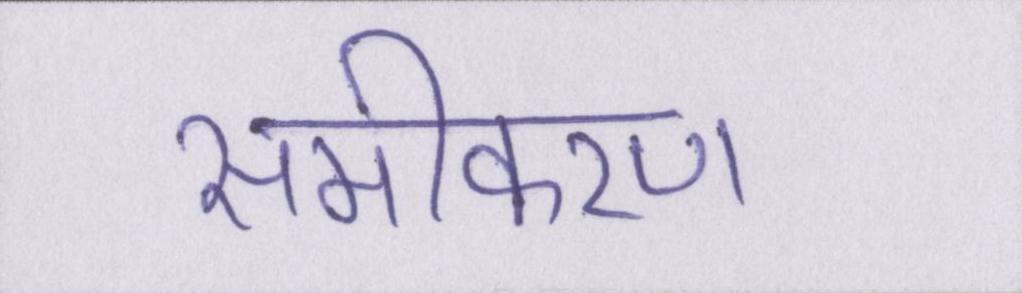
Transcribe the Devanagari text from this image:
समीकरण